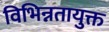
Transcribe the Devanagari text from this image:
विभिन्नतायुक्त